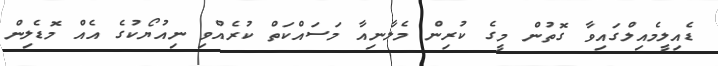
ޑެއިލީމެއިލްގައިވާ ގޮތުން މީގެ ކުރިން މެލާނިއާ މަސައްކަތް ކުރެއްވި ނިއުޔޯކުގެ އެއް މޮޑެލިން